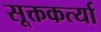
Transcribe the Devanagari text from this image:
सूक्तकर्त्या